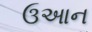
ઉઆન